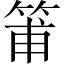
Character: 𥮉